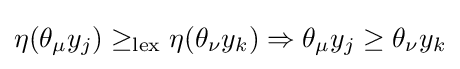
\eta (\theta _{\mu }y_{j})\geq _{\text{lex}}\eta (\theta _{\nu }y_{k})\Rightarrow \theta _{\mu }y_{j}\geq \theta _{\nu }y_{k}